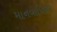
માનવાધિકાર